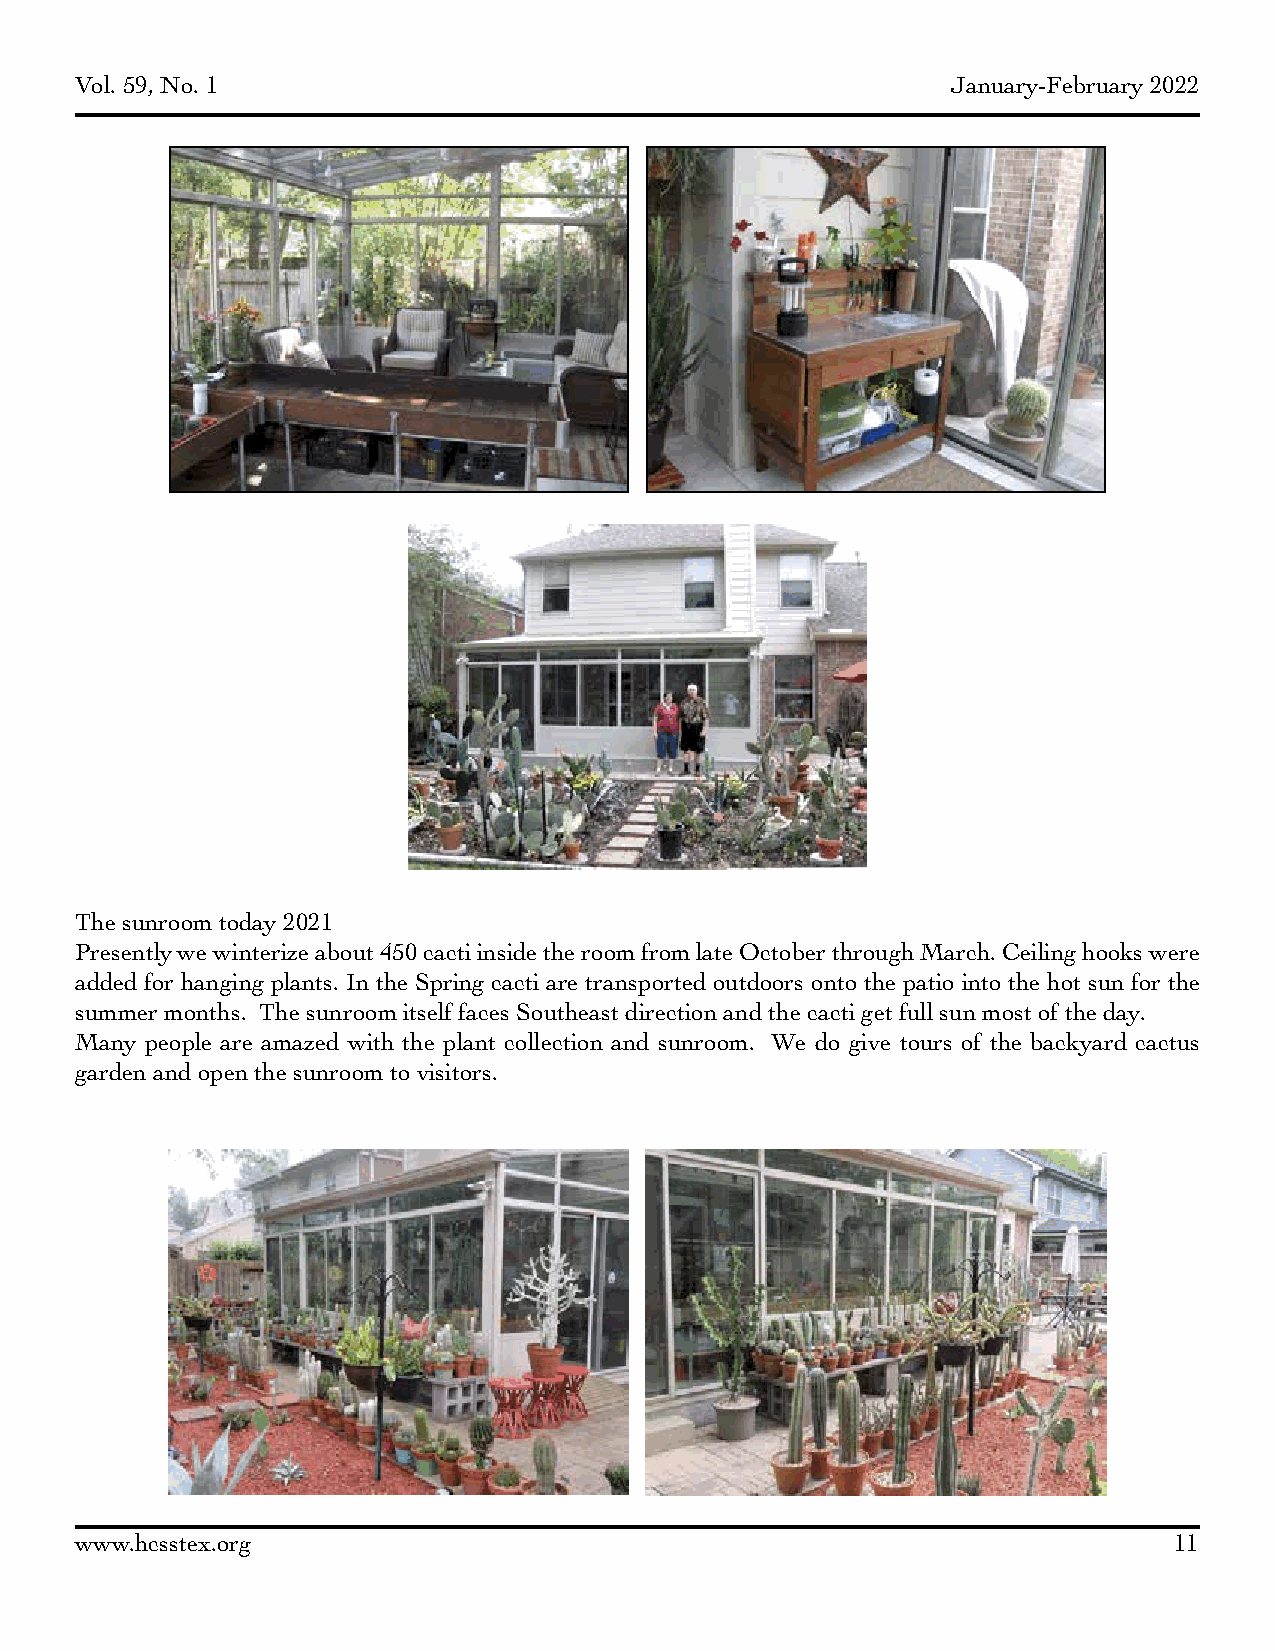
Vol. 59, No. 1                                            January-February 2022
 The sunroom today 2021
 Presently we winterize about 450 cacti inside the room from late October through March. Ceiling hooks were
 added for hanging plants. In the Spring cacti are transported outdoors onto the patio into the hot sun for the
 summer months. The sunroom itself faces Southeast direction and the cacti get full sun most of the day.
 Many people are amazed with the plant collection and sunroom. We do give tours of the backyard cactus
 garden and open the sunroom to visitors.
 www.hcsstex.org                                                          11